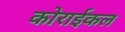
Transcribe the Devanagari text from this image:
कोराईकल